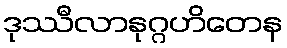
ဒုဿီလာနုဂ္ဂဟိတေန